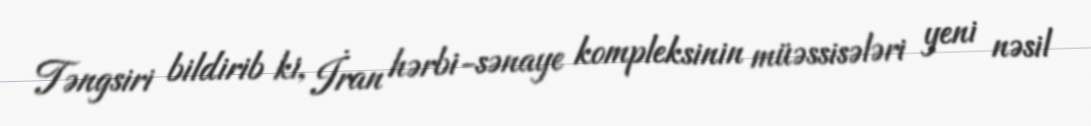
Təngsiri bildirib ki, İran hərbi-sənaye kompleksinin müəssisələri yeni nəsil